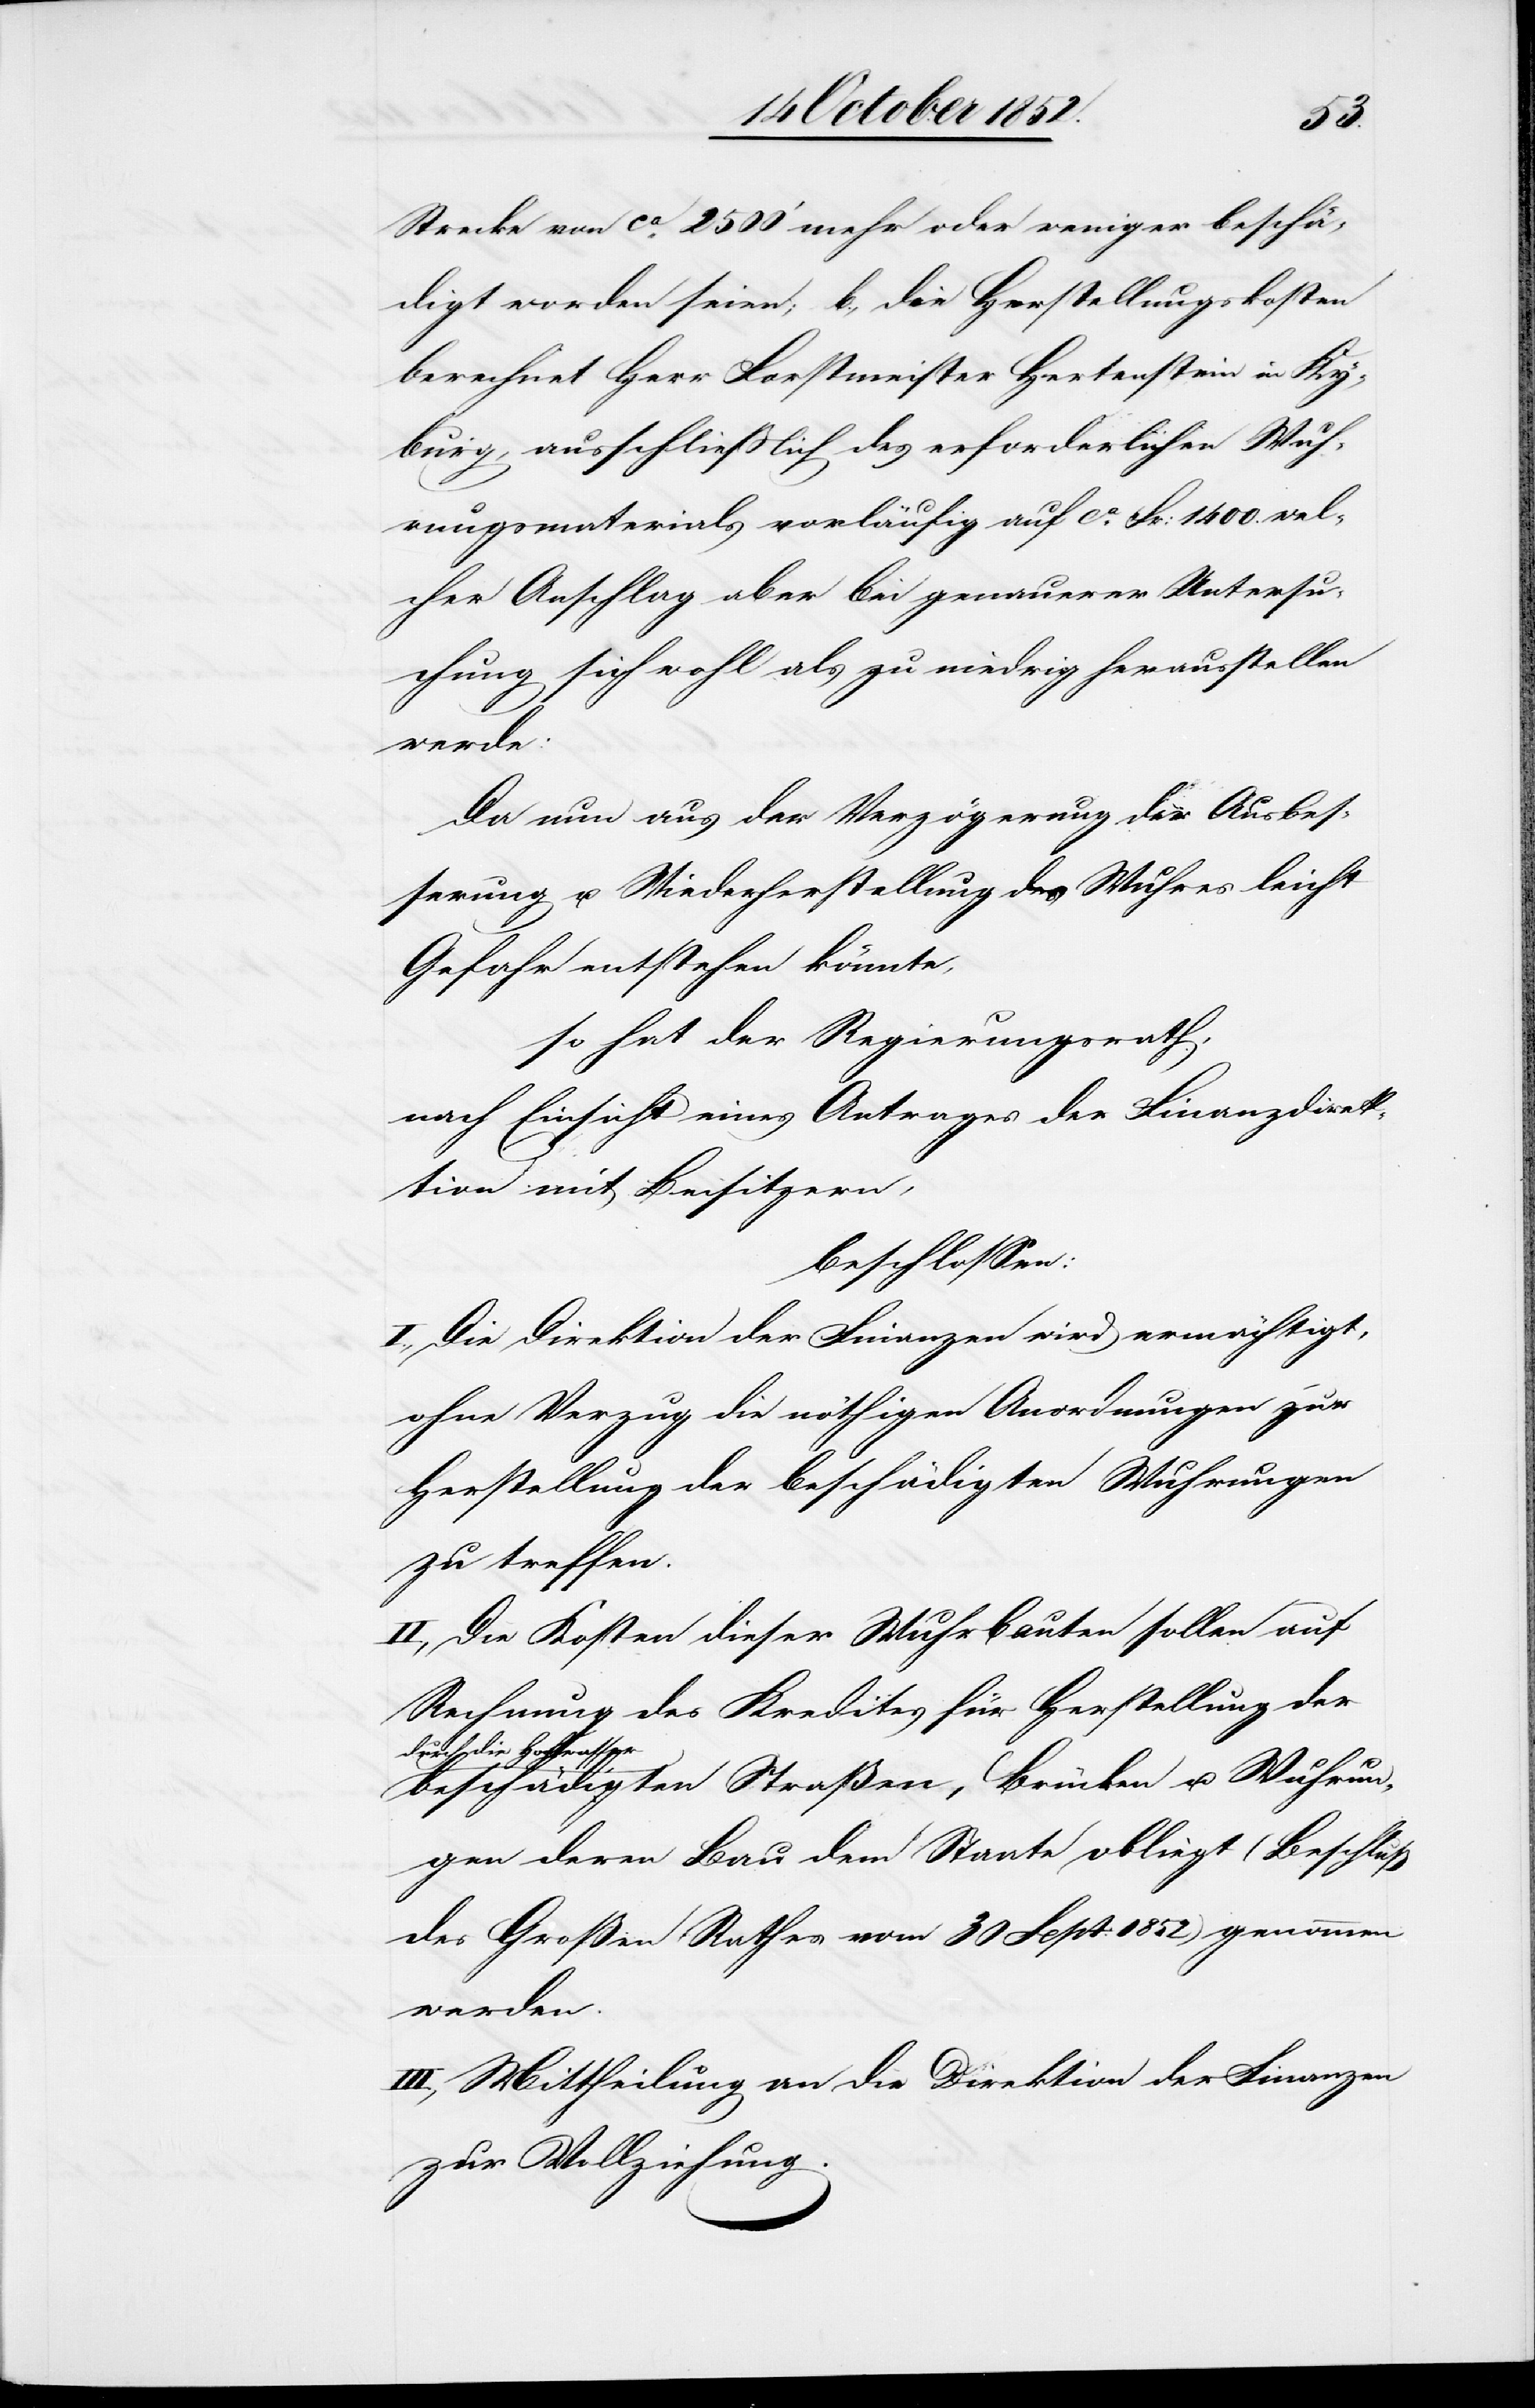
Strecke von ca. 2500‘ mehr oder weniger beschä¬
digt worden seien; b., die Herstellungskosten
berechnet Herr Forstmeister Hertenstein in Ky¬
burg, ausschließlich des erforderlichen Wuh¬
rungsmaterials vorläufig auf ca. Fr: 1400. wel¬
cher Anschlag aber bei genauerer Untersu¬
chung sich wohl als zu niedrig herausstellen
werde:
Da nun aus der Verzögerung der Ausbes¬
serung u. Wiederherstellung des Wuhres leicht
Gefahr entstehen könnte,
so hat der Regierungsrath,
nach Einsicht eines Antrages der Finanzdirek¬
tion mit Beisitzern,
beschlossen:
I., Die Direktion der Finanzen wird ermächtigt,
ohne Verzug die nöthigen Anordnungen zur
Herstellung der beschädigten Wuhrungen
zu treffen.
II., Die Kosten dieser Wuhrbauten sollen auf
Rechnung des Kredites für Herstellung der
durch die Hochwasser
beschädigten Straßen, Brücken u. Wuhrun¬
gen deren Bau dem Staate obliegt (Beschluß
des Großen Rathes vom 30 Sept: 1852) genommen
werden.
III., Mittheilung an die Direktion der Finanzen
zur Vollziehung.